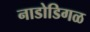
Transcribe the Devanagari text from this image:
नाडोडिगळ